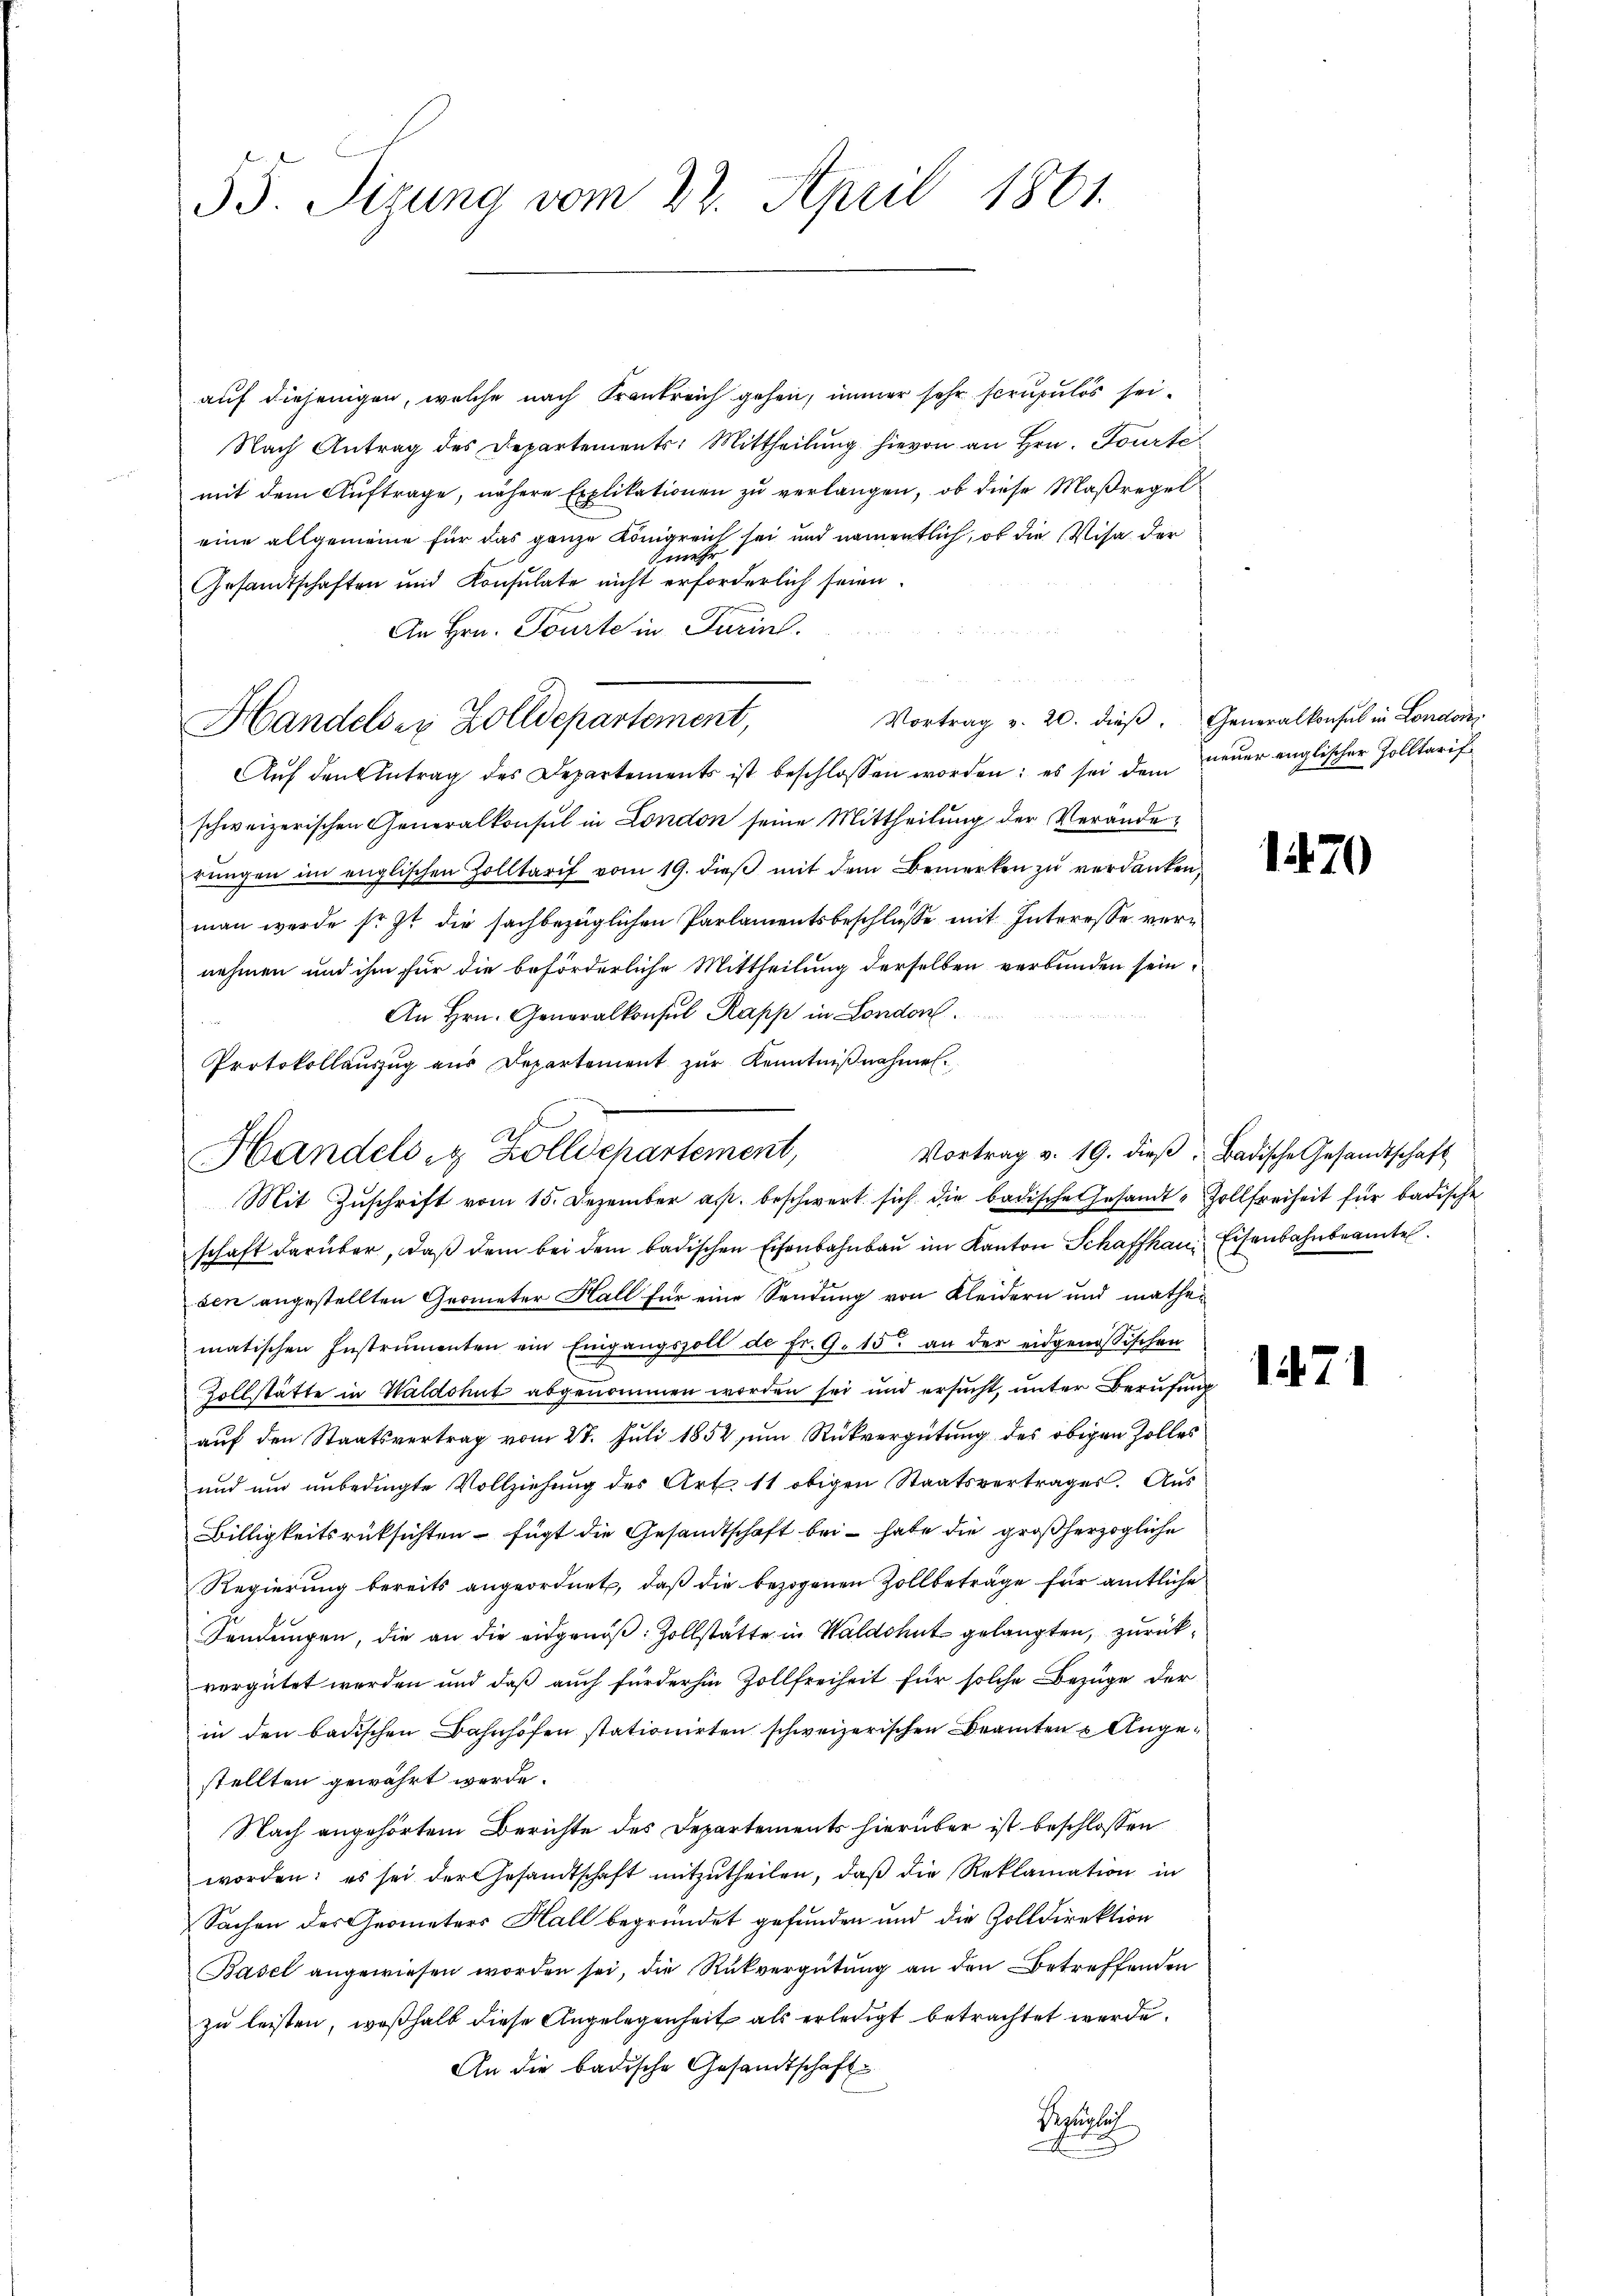
55. Sizung vom 27. April 1861.

auf diejenigen, welche nach Krankreich gehen, immer sehr scrupulos sei¬
Nach Antrag des Departements: Mittheilŭng hievon an Hrn. Tourte
mit dem Auftrage, nähere Explikationen zu verlangen, ob diese Maßregel
eine allgemeine für das ganze Königreich sei und namentlich, ob die Visa der
Senat
Gesandtschaften und Konsulate nicht erforderlich seien.
An Hrn. Tourte in Turin
Vortrag v. 20. dieβ. Generalkonsul in London
Aŭf den Antrag des Departements ist beschlossen worden: es sei dem neŭer englischer Zolltarif
schweizerischen Generalkonsul in London seine Mittheilung der Veränderŭngen im englischen Zolltarif vom 19. dieβ mit dem Bemerken zŭ verdanken,
man werde soit die sachbezüglichen Parlamentsbeschlüsse mit Interesse vernehmen und ihm für die beförderliche Mittheilung derselben verbunden sein.
An Hrn. Generalkonsul Rapp in London.
Protokollaŭszŭg aŭs Departement zŭr Kenntniβnahmen.
d

Handelser Zolldepartement,

Handels in Zolldchartement,
Mit Zŭschrift vom 15. Dezember a. beschwert sich die badische Gesamt-Zollfreiheit für badische

schaft darüber, daß dem bei dem badischen Eisenbahnbau im Kanton Schaffhaus Eisenbahnbeamte
sen angestellten Grometer Hall für eine Sendung von Kleidern und mathematischen Instrumenten ein Eingangszoll de fr. 9. 15. an der eidgenössischen
Zollstätte in Waldshut abgenommen worden sei und ersucht, unter Berufung
auf den Staatsvertrag vom 27. Juli 1852 zum Rückvergütung des obigen Zolles
und und unbedingte Vollziehung des Art. 11 obigen Staatsvertrages. Aus
Billigkeitsrüksichten - fügt die Gesandtschaft bei - habe die großherzogliche
Regierung bereits angeordnet, daß die bezogenen Zollbeträge für amtliche
Sendungen, die an die eidgenöß: Zollstätte in Waldshut gelangten, zurückvergütet worden und daß auch für der hin Zollfreiheit für solche Bezüge der
in den badischen Bahnhöfen stationirten schweizerischen Beamten Angestellten gewährt werde.
Nach angehörtem Berichte des Departements hierüber ist beschlossen
worden; es sei der Gesandtschaft mitzŭtheilen, daβ die Reklamation in
Sachen des Geometers Hall begründet gefunden und die Zolldirektion
Basel angewiesen worden sei, die Rückvergütung an den Betreffenden
zu leisten, weßhalb diese Angelegenheit als erledigt betrachtet werde.
An die badische Gesandtschaft
Seuch

Vortrag v. 19. dieβ. Badische Gesandtschaft

1470

147